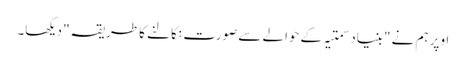
اوپر ہم نے "بنیاد سمتیہ کے حوالے سے صورت نکالنے کا طریقہ" دیکھا۔